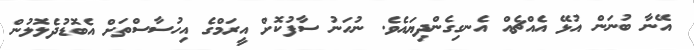
އޭނާ ބުނަން އުޅޭ އެއްޗެއް އެނގިގެންދިޔައެވެ. ނުހަނު ސާފުކޮށް އީރަމްގެ އިހުސާސްތަށް އެބޮޑުދެލޮލުން